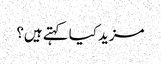
مزید کیا کہتے ہیں؟